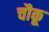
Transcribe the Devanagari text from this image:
चौकू